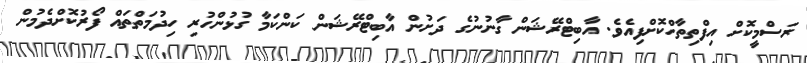
ރަސްމީކޮށް އިފްތިތާހްކޮށްފިއެވެ. އާބިޓްރޭޝަން ގާނުނުގެ ދަށުން އާބިޓްރޭޝަން ކަންކަމާ ގުޅުންހުރި ހިދުމަތްތައް ފޯރުކޮށްދެމުން